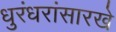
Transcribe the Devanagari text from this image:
धुरंधरांसारखे